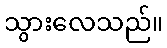
သွားလေသည်။